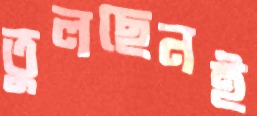
তুলছেনই